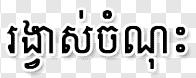
រង្វាស់ចំណុះ